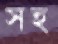
সহ